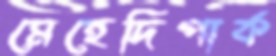
মেহেদিপার্ক